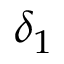
\delta _ { 1 }